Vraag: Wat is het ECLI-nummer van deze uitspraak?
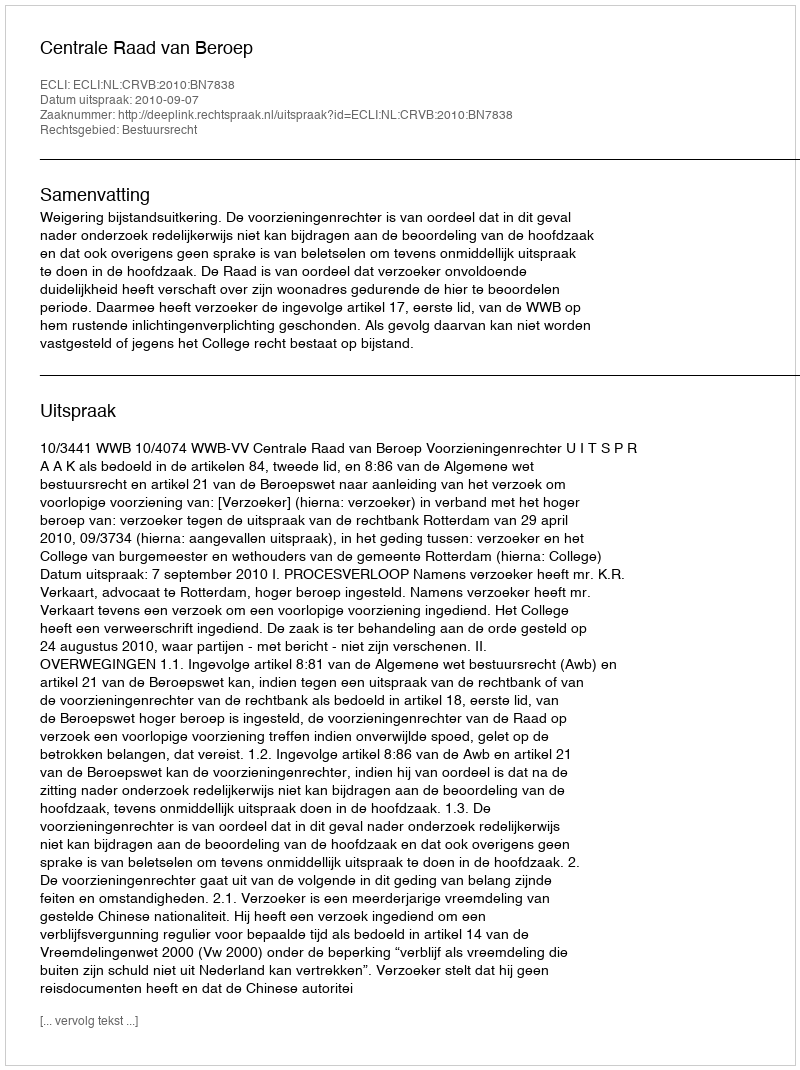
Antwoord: ECLI:NL:CRVB:2010:BN7838